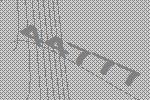
44777